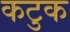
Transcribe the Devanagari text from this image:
कटुक